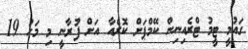
ގައުމީ ޓީމު ޓްރެއިނިން ކޭމްޕަށް ކޮރެއާ އަށް ފުރާނީ މި މަހު 19